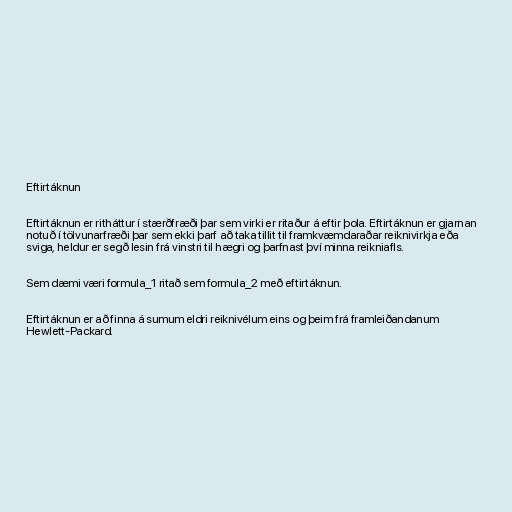
Eftirtáknun

Eftirtáknun er ritháttur í stærðfræði þar sem virki er ritaður á eftir þola. Eftirtáknun er gjarnan
notuð í tölvunarfræði þar sem ekki þarf að taka tillit til framkvæmdaraðar reiknivirkja eða
sviga, heldur er segð lesin frá vinstri til hægri og þarfnast því minna reikniafls.

Sem dæmi væri formula_1 ritað sem formula_2 með eftirtáknun.

Eftirtáknun er að finna á sumum eldri reiknivélum eins og þeim frá framleiðandanum
Hewlett-Packard.